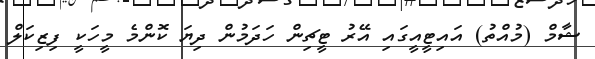
ޝާމް (މުއްތު) އައިޓީއީގައި އޭރު ޓީޗިން ހަދަމުން ދިޔަ ކޮންމެ މީހަކީ ފިޒިކަލް